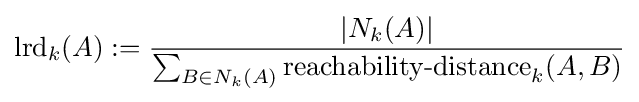
{\text{lrd}}_{k}(A):={\frac {|N_{k}(A)|}{\sum _{B\in N_{k}(A)}{\text{reachability-distance}}_{k}(A,B)}}